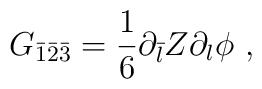
G_{\bar 1 \bar 2 \bar 3} = \frac{1}{6} \partial_{\bar l} Z \partial_l \phi\ ,